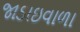
જાડાઇવાળા